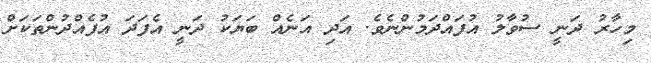
މިހާރު ދަނީ ސުވާލު އުފައްދަމުންނެވެ. އަދި އަނެއް ބަޔަކު ދަނީ އެފަދަ އުފެއްދުންތަކަށް